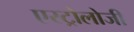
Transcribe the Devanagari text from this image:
एस्ट्रोलोजी